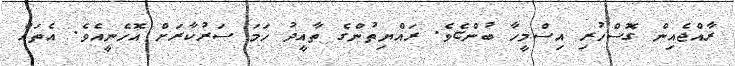
ރާއްޖެއިން ގޮސްހުރި އިސްމީހާ ބުންޏެވެ. ރައްޔިތުންގެ ތާއީދު ހަމަ ސަރުކާރަށް އޮހެނީއެވެ. އެތައް